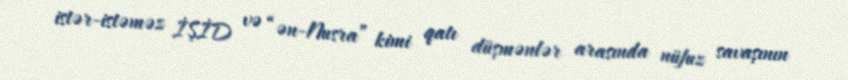
istər-istəməz İŞİD və “ən-Nusra” kimi qatı düşmənlər arasında nüfuz savaşının